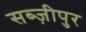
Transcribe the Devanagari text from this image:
सब्ज़ीपुर